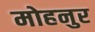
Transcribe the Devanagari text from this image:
मोहनुर